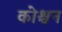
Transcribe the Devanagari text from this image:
कोश्चन